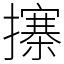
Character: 㩟